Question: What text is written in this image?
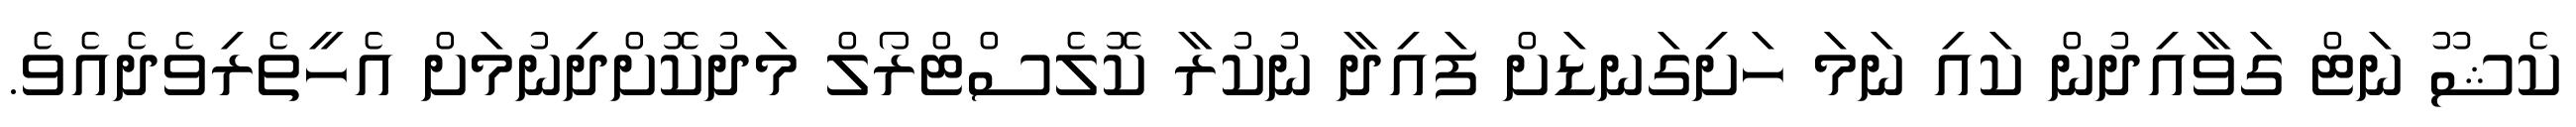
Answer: ކެޝޫ ނަޓް ގަވާއިދުން ކައި ނަމަ ހަށިގަނޑަށް ފައިދާ ނުކުރާ ކޮލެސްޓްރޯލް މަދުކޮށްދިނުމަށް އެހީތެރިވެދެއެވެ.